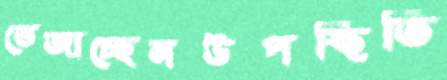
ভেজাচ্ছেনউপস্থিতি